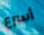
أسرع